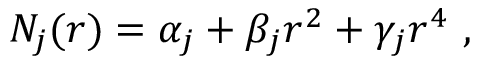
N _ { j } ( r ) = \alpha _ { j } + \beta _ { j } r ^ { 2 } + \gamma _ { j } r ^ { 4 } \ ,